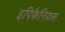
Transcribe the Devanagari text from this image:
इपिफैनियस